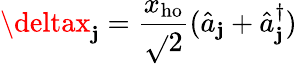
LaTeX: \deltax_{\mathbf{j}}=\frac{{x_{\mathrm{{ho}}}}}{{\sqrt{}{{2}}}}(\hat{{a}}_{\mathbf{j}}+\hat{{a}}_{\mathbf{j}}^{\dagger})